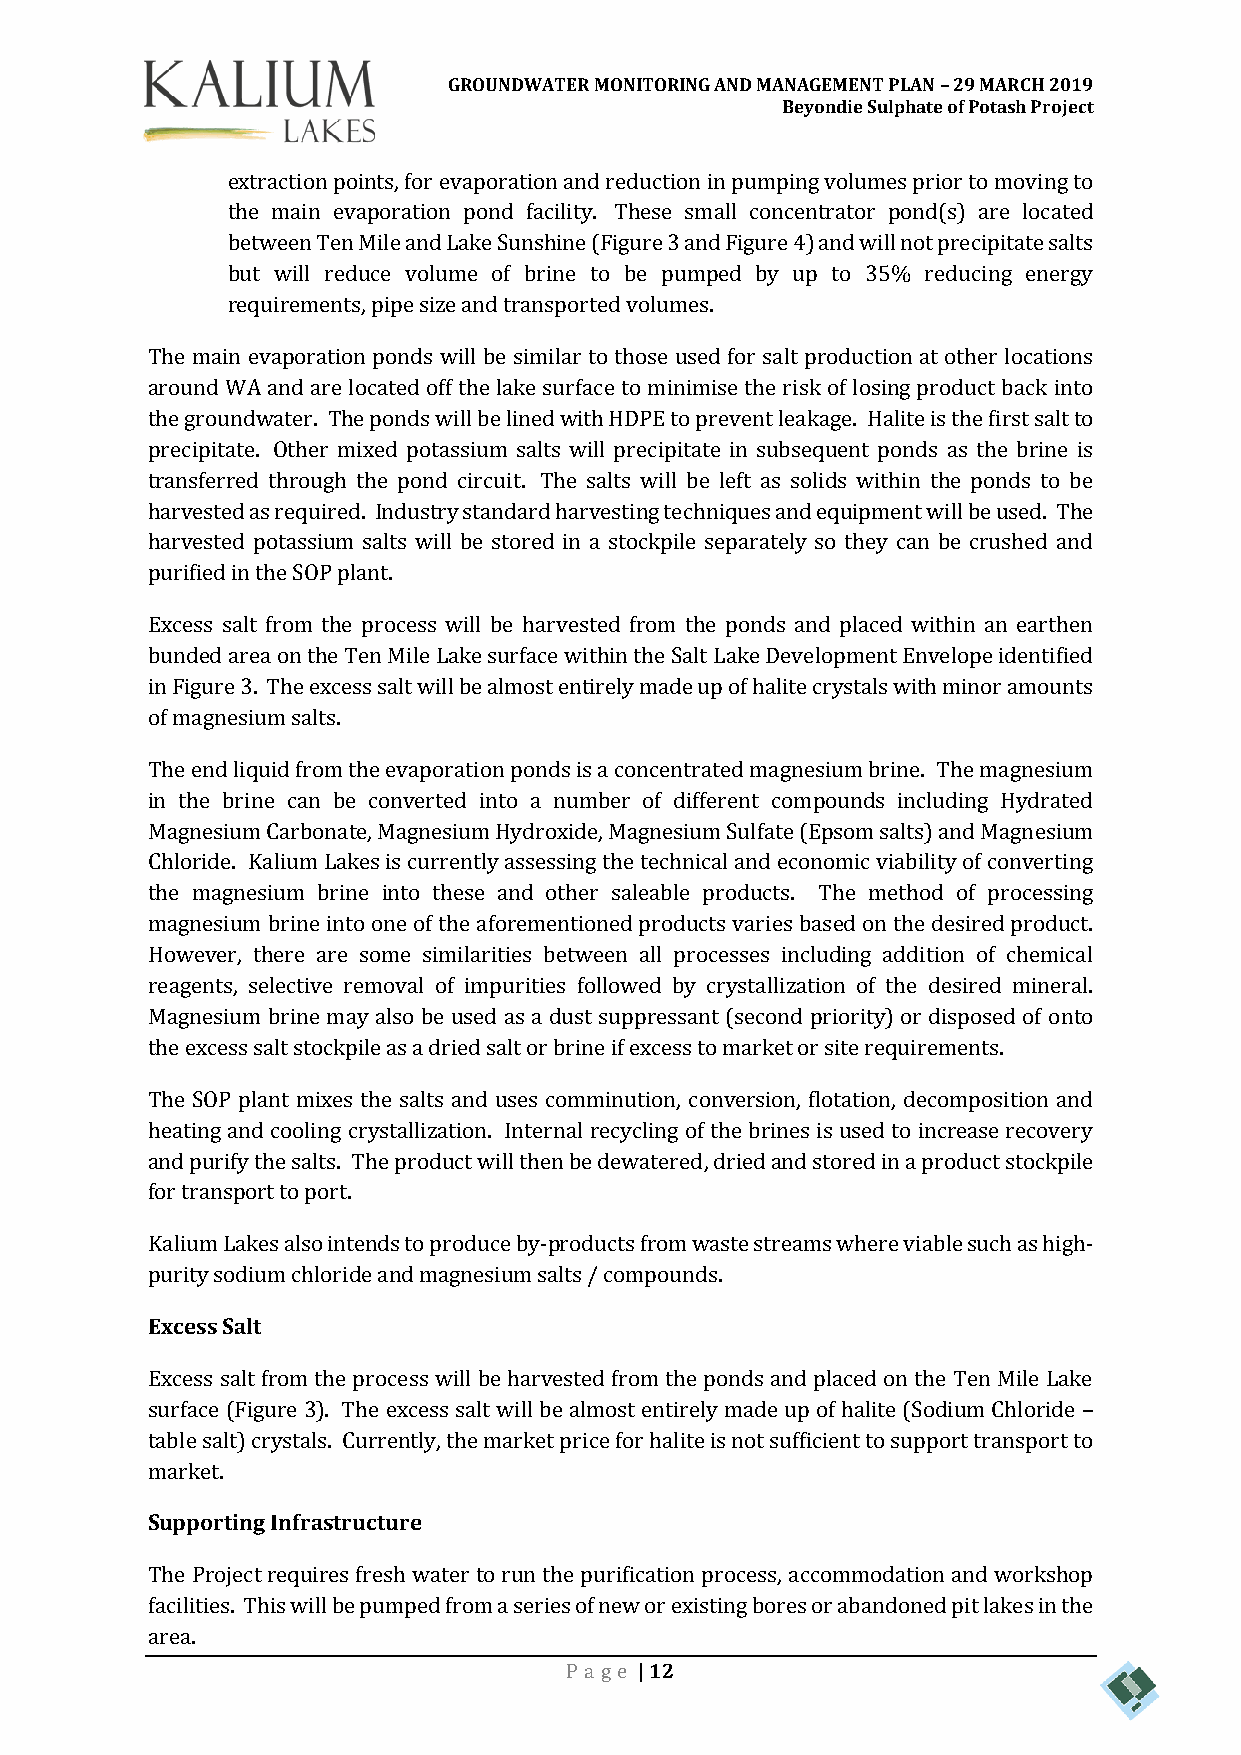
GROUNDWATER MONITORING AND MANAGEMENT PLAN – 29 MARCH 2019
 Beyondie Sulphate of Potash Project
 extraction points, for evaporation and reduction in pumping volumes prior to moving to
 the main evaporation pond facility. These small concentrator pond(s) are located
 between Ten Mile and Lake Sunshine (Figure 3 and Figure 4) and will not precipitate salts
 but will reduce volume of brine to be pumped by up to 35% reducing energy
 requirements, pipe size and transported volumes.
 The main evaporation ponds will be similar to those used for salt production at other locations
 around WA and are located off the lake surface to minimise the risk of losing product back into
 the groundwater. The ponds will be lined with HDPE to prevent leakage. Halite is the first salt to
 precipitate. Other mixed potassium salts will precipitate in subsequent ponds as the brine is
 transferred through the pond circuit. The salts will be left as solids within the ponds to be
 harvested as required. Industry standard harvesting techniques and equipment will be used. The
 harvested potassium salts will be stored in a stockpile separately so they can be crushed and
 purified in the SOP plant.
 Excess salt from the process will be harvested from the ponds and placed within an earthen
 bunded area on the Ten Mile Lake surface within the Salt Lake Development Envelope identified
 in Figure 3. The excess salt will be almost entirely made up of halite crystals with minor amounts
 of magnesium salts.
 The end liquid from the evaporation ponds is a concentrated magnesium brine. The magnesium
 in the brine can be converted into a number of different compounds including Hydrated
 Magnesium Carbonate, Magnesium Hydroxide, Magnesium Sulfate (Epsom salts) and Magnesium
 Chloride. Kalium Lakes is currently assessing the technical and economic viability of converting
 the magnesium brine into these and other saleable products. The method of processing
 magnesium brine into one of the aforementioned products varies based on the desired product.
 However, there are some similarities between all processes including addition of chemical
 reagents, selective removal of impurities followed by crystallization of the desired mineral.
 Magnesium brine may also be used as a dust suppressant (second priority) or disposed of onto
 the excess salt stockpile as a dried salt or brine if excess to market or site requirements.
 The SOP plant mixes the salts and uses comminution, conversion, flotation, decomposition and
 heating and cooling crystallization. Internal recycling of the brines is used to increase recovery
 and purify the salts. The product will then be dewatered, dried and stored in a product stockpile
 for transport to port.
 Kalium Lakes also intends to produce by-products from waste streams where viable such as high-
 purity sodium chloride and magnesium salts / compounds.
 Excess Salt
 Excess salt from the process will be harvested from the ponds and placed on the Ten Mile Lake
 surface (Figure 3). The excess salt will be almost entirely made up of halite (Sodium Chloride –
 table salt) crystals. Currently, the market price for halite is not sufficient to support transport to
 market.
 Supporting Infrastructure
 The Project requires fresh water to run the purification process, accommodation and workshop
 facilities. This will be pumped from a series of new or existing bores or abandoned pit lakes in the
 area.
 Pa ge | 12